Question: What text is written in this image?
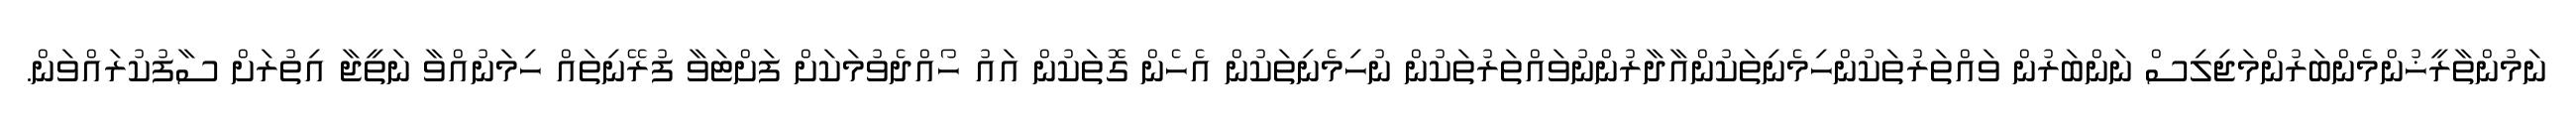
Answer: ނަމުންތާރީޚުންމެންބަރުންމަޖިލިސް ނަންބަރުން ވައްތަރުތަކުންހިމެނިތަކުންއާދާރުންނުވައްތަރުތަކުން ނުހިމެނިތަކުން އެހެން ގޮތަކުން އައު ހޯއްދެވުމަކަށް ފަށްޓަވާ ފުރޭނިތައް ހިމަނުއްވާ ނަތީޖާ އިތުރަށް ސާފުކުރައްވަން.